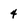
Character: 4